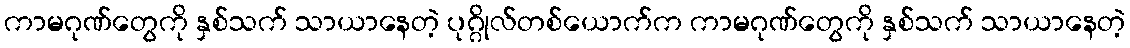
ကာမဂုဏ်တွေကို နှစ်သက် သာယာနေတဲ့ ပုဂ္ဂိုလ်တစ်ယောက်က ကာမဂုဏ်တွေကို နှစ်သက် သာယာနေတဲ့